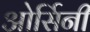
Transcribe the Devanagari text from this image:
ओर्सिनी